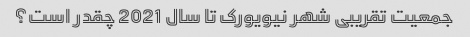
جمعیت تقریبی شهر نیویورک تا سال 2021 چقدر است؟